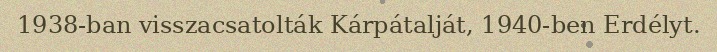
1938-ban visszacsatolták Kárpátalját, 1940-ben Erdélyt.